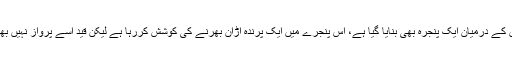
ان مجسموں کے درمیان ایک پنجرہ بھی بنایا گیا ہے، اُس پنجرے میں ایک پرندہ اُڑان بھرنے کی کوشش کررہا ہے لیکن قید اُسے پرواز نہیں بھرنے دیتی۔